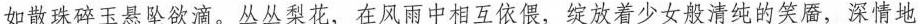
如散珠碎玉悬坠欲滴。丛丛梨花，在风雨中相互依偎，绽放着少女般清纯的笑靥，深情地